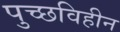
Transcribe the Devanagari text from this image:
पुच्छविहीन